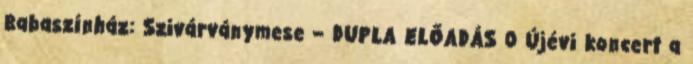
Babaszínház: Szivárványmese – DUPLA ELŐADÁS 0 Újévi koncert a